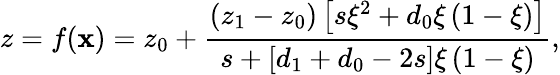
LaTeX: z=f(\mathbf{x})=z_{0}+\frac{{\left(z_{1}-z_{0}\right)\left[s\xi^{2}+d_{0}\xi\left(1-\xi\right)\right]}}{{s+\left[d_{1}+d_{0}-2s\right]\xi\left(1-\xi\right)}},